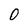
Character: 0